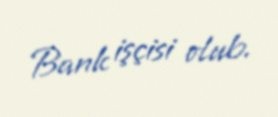
Bank işçisi olub.